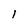
Character: I